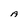
Character: A